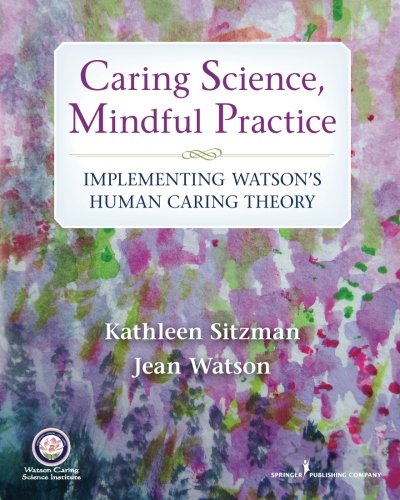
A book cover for Caring Science, Mindful Practice: Implementing Watson's Human Caring Theory; Kathleen Sitzman PhD  RN  CNE; Medical Books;